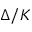
\Delta / K